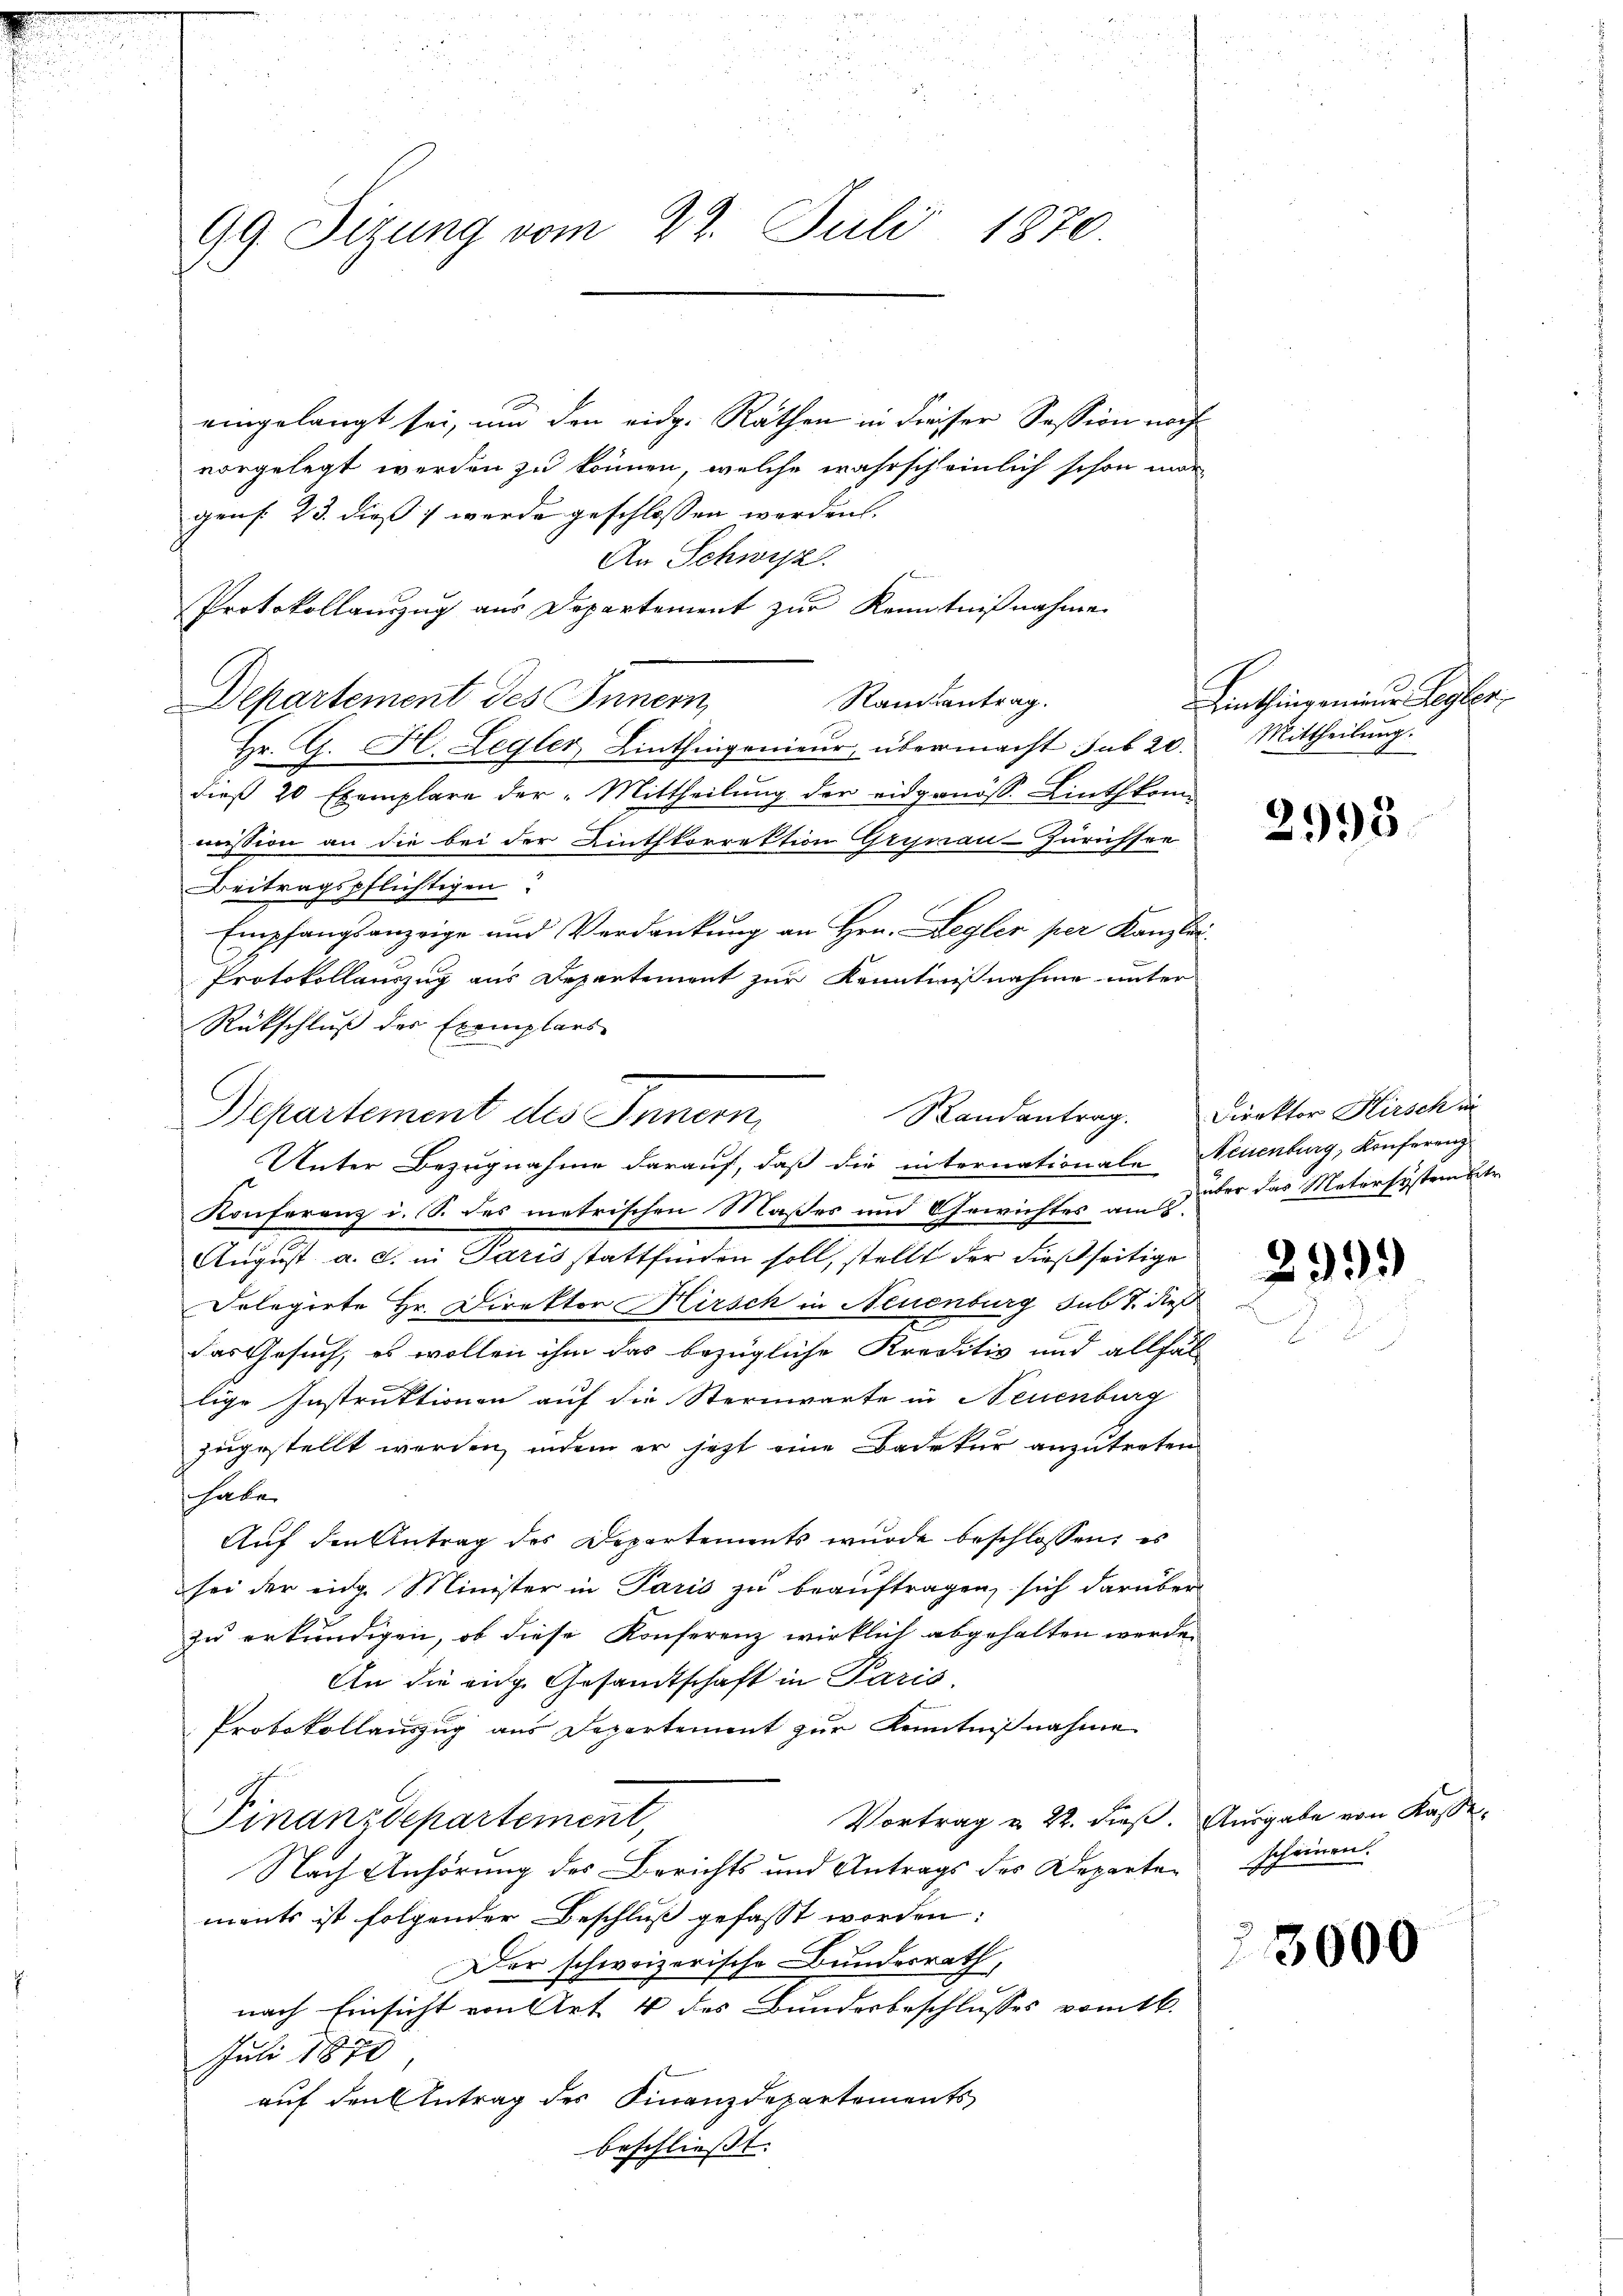
99. Sizung vom 22. Juli 1870.

eingelangt sei, um den eidg. Räthen in dieser Session nach
vorgelegt werden zu können, welche wahrscheinlich schon mar
gens 23. dieß werde geschlossen werden.
An Schwyz.
Departement des Innern,
Hr. G. H. Legler, Linthingenieur, übermacht sub 20.
dieß 20 Exemplare der Mittheilung der eidgenöss. Linthkom-
mission an die bei der Linthkorrektion Grynau Zürichsen
Beitragspflichtigen:
Empfangsanzeige und Verdankung an Hrn. Begler per Kanzlei
Protokollauszug aus Departement zur Kenntnißnahme unter
Rückschluß der Exemplars
Konferenz i. S. des metrischen Maßes und Gewichtes am über das Matersystem betr
August a. c. in Paris stattfinden soll, stellt der dießseitige
Delegirte Hr. Direktor Kirsch in Neuenburg sub S. dieß
das Gesuch, es wollen ihm das bezügliche Kreditiv und allfäl
lige Instruktionen auf die Sternwarte in Neuenburg
zugestellt werden, indem er jetzt eine Badetur anzutreten
habe
Auf den Antrag des Departements wurde beschlossen; es
sei der eige Minister in Paris zu beauftragen, sich darüber
zu erkundigen, ob diese Konferenz wirklich abgehalten werden
An die eige Gesandtschaft in Paris
Protokollauszug aus Departement zur Kenntnißnahme
Vortrag u. 22. dieß. Ausgabe von Kasse
Finanzdepartement,
Nach Anhörung des Berichts und Antrags des Departen scheinen
ments ist folgender Beschluß gefasst worden:
Der schweizerische Bundesrath,
nach Einsicht von Art. 4 des Bundesbeschlusses vom 16.
Juli 1870
auf den Antrag des Finanzdepartements
beschließt:

Randantrag.
Departement des Innern,
Unter Bezugnahme darauf, daß die internationale Neuenburg, Konferenz

Protokollauszug aus Departement zur Kenntnißnahme
Randsantrag.

Linthingenienen Regler,
Mittheilung.

2995

Direktor Hirsch in

29.)

23000